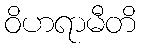
ဝိဟရာမီတိ